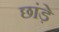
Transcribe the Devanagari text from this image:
छांड़े